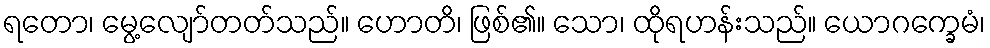
ရတော၊ မွေ့လျော်တတ်သည်။ ဟောတိ၊ ဖြစ်၏။ သော၊ ထိုရဟန်းသည်။ ယောဂက္ခေမံ၊